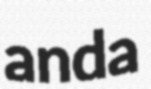
anda